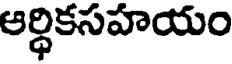
ఆర్ధికసహయం